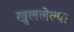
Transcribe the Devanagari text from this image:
खुललेल्या